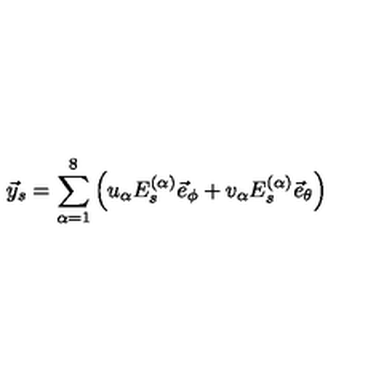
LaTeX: \vec { y } _ { s } = \sum _ { \alpha = 1 } ^ { 8 } \left( u _ { \alpha } E _ { s } ^ { ( \alpha ) } \vec { e } _ { \phi } + v _ { \alpha } E _ { s } ^ { ( \alpha ) } \vec { e } _ { \theta } \right)